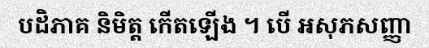
បដិភាគ និមិត្ត កើតឡើង ។ បើ អសុភសញ្ញា